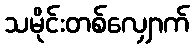
သမိုင်းတစ်လျှောက်